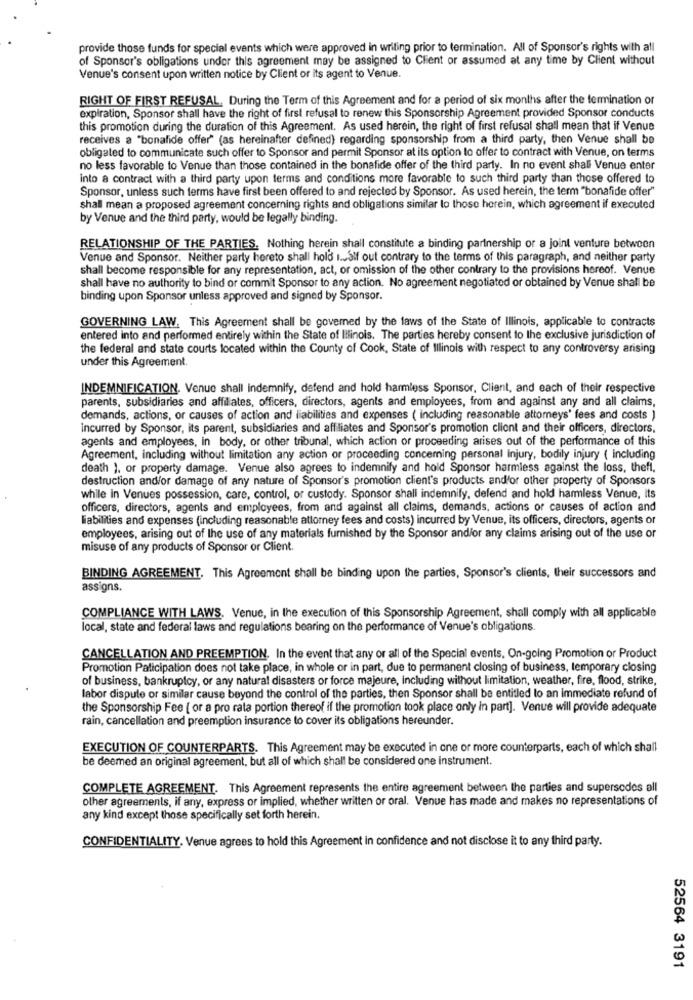
provide those funds for special events which were approved in writing prior to termination. All of Sponsor's rights with all
of Sponsor's obligations under this agreement may be assigned to Client or assumed at any time by Client without
Venue's consent upon written notice by Client or its agent to Venue.
RIGHT OF FIRST REFUSAL. During the Term of this Agreement and for a period of six months after the termination or
expiration, Sponsor shall have the right of first refusal to renew this Sponsorship Agreement provided Sponsor conducts
this promotion during the duration of this Agreement. As used herein, the right of first refusal shall mean that if Venus
receives a "bonafide offer" (as hereinafter defined) regarding sponsorship from a third party, then Venue shall be
obligated to communicate such offer to Sponsor and permit Sponsor at its option to offer to contract with Venue, on terms
no less favorable to Venue than those contained in the bonafide offer of the third party. In no event shali Venue enter
into a contract with a third party upon terms and conditions more favorable to such third party than those offered to
Sponsor, unless such terms have first been offered to and rejected by Sponsor. As used herein, the term "bonafide offer"
shall mean a proposed agreement concerning rights and obligations similar to those herein, which agreement if executed
by Venue and the third party, would be legally binding.
RELATIONSHIP OF THE PARTIES. Nothing herein shall constitute a binding partnership or a joint venture between
Venue and Sponsor. Neither party hereto shall hold i.alf out contrary to the terms of this paragraph, and neither party
shall become responsible for any representation, act, or omission of the other contrary to the provisions hereof. Venue
shall have no authority to bind or commit Sponsor to any action. No agreement negotiated or obtained by Venue shall be
binding upon Sponsor unless approved and signed by Sponsor.
GOVERNING LAW, This Agreement shall be governed by the laws of the State of Illinois, applicable to contracts
entered into and performed entirely within the State of Illinois. The parties hereby consent to the exclusive jurisdiction of
the federal and state courts located within the County of Cook, State of Illinois with respect to any controversy arising
under this Agreement.
INDEMNIFICATION. Venue shall indemnify, defend and hold harmless Sponsor, Client, and each of their respective
parents, subsidiaries and affiliates, officers, directors, agents and employees, from and against any and all claims,
demands, actions, or causes of action and liabilities and expenses ( including reasonable attorneys' fees and costs )
incurred by Sponsor, its parent, subsidiaries and affiliates and Sponsor's promotion client and their officers, directors,
agents and employees, in body, or other tribunal, which action or proceeding arises out of the performance of this
Agreement, including without limitation any action or proceeding concerning personal Injury, bodily injury ( including
death ), or property damage. Venue also agrees to indemnify and hold Sponsor harmless against the loss, thefl.
destruction and/or damage of any nature of Sponsor's promotion client's products and'or other property of Sponsors
while in Venues possession, care, control, or custody. Sponsor shall indemnify, defend and hold harmless Venue, its
officers, directors, agents and employees, from and against all claims, demands, actions or causes of action and
liabilities and expenses (including reasonable attorney fees and costs) incurred by Venue, its officers, directors, agents or
employees, arising out of the use of any materials furnished by the Sponsor and/or any claims arising out of the use or
misuse of any products of Sponsor or Client.
BINDING AGREEMENT. This Agreement shall be binding upon the parties, Sponsor's clients, their successors and
assigns.
COMPLIANCE WITH LAWS. Venue, in the execution of this Sponsorship Agreement, shall comply with all applicable
local, state and federal laws and regulations bearing on the performance of Venue's obligations.
CANCELLATION AND PREEMPTION. In the event that any or all of the Special events, On-going Promotion or Product
Promotion Paticipation does not take place, in whole or in part, due to permanent closing of business, temporary closing
of business, bankruptcy, or any natural disasters or force majeure, including without limitation, weather, fire, flood, strike,
labor dispute or similar cause beyond the control of the parties, then Sponsor shall be entitled to an immediate refund of
the Sponsorship Fee [ or a pro rata portion thereof if the promotion took place only in part]. Venue will provide adequate
rain, cancellation and preemption insurance to cover its obligations hereunder.
EXECUTION OF COUNTERPARTS. This Agreement may be executed in one or more counterparts, each of which shall
be deemed an original agreement, but all of which shall be considered one instrument.
COMPLETE AGREEMENT. This Agreement represents the entire agreement between the parties and supersodes all
other agreements, if any, express or implied, whether written or oral. Venue has made and makes no representations of
any kind except those specifically set forth herein.
CONFIDENTIALITY. Venue agrees to hold this Agreement in confidence and not disclose it to any third party.
52564 3191